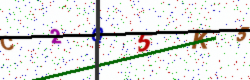
Text: C2Q5K5